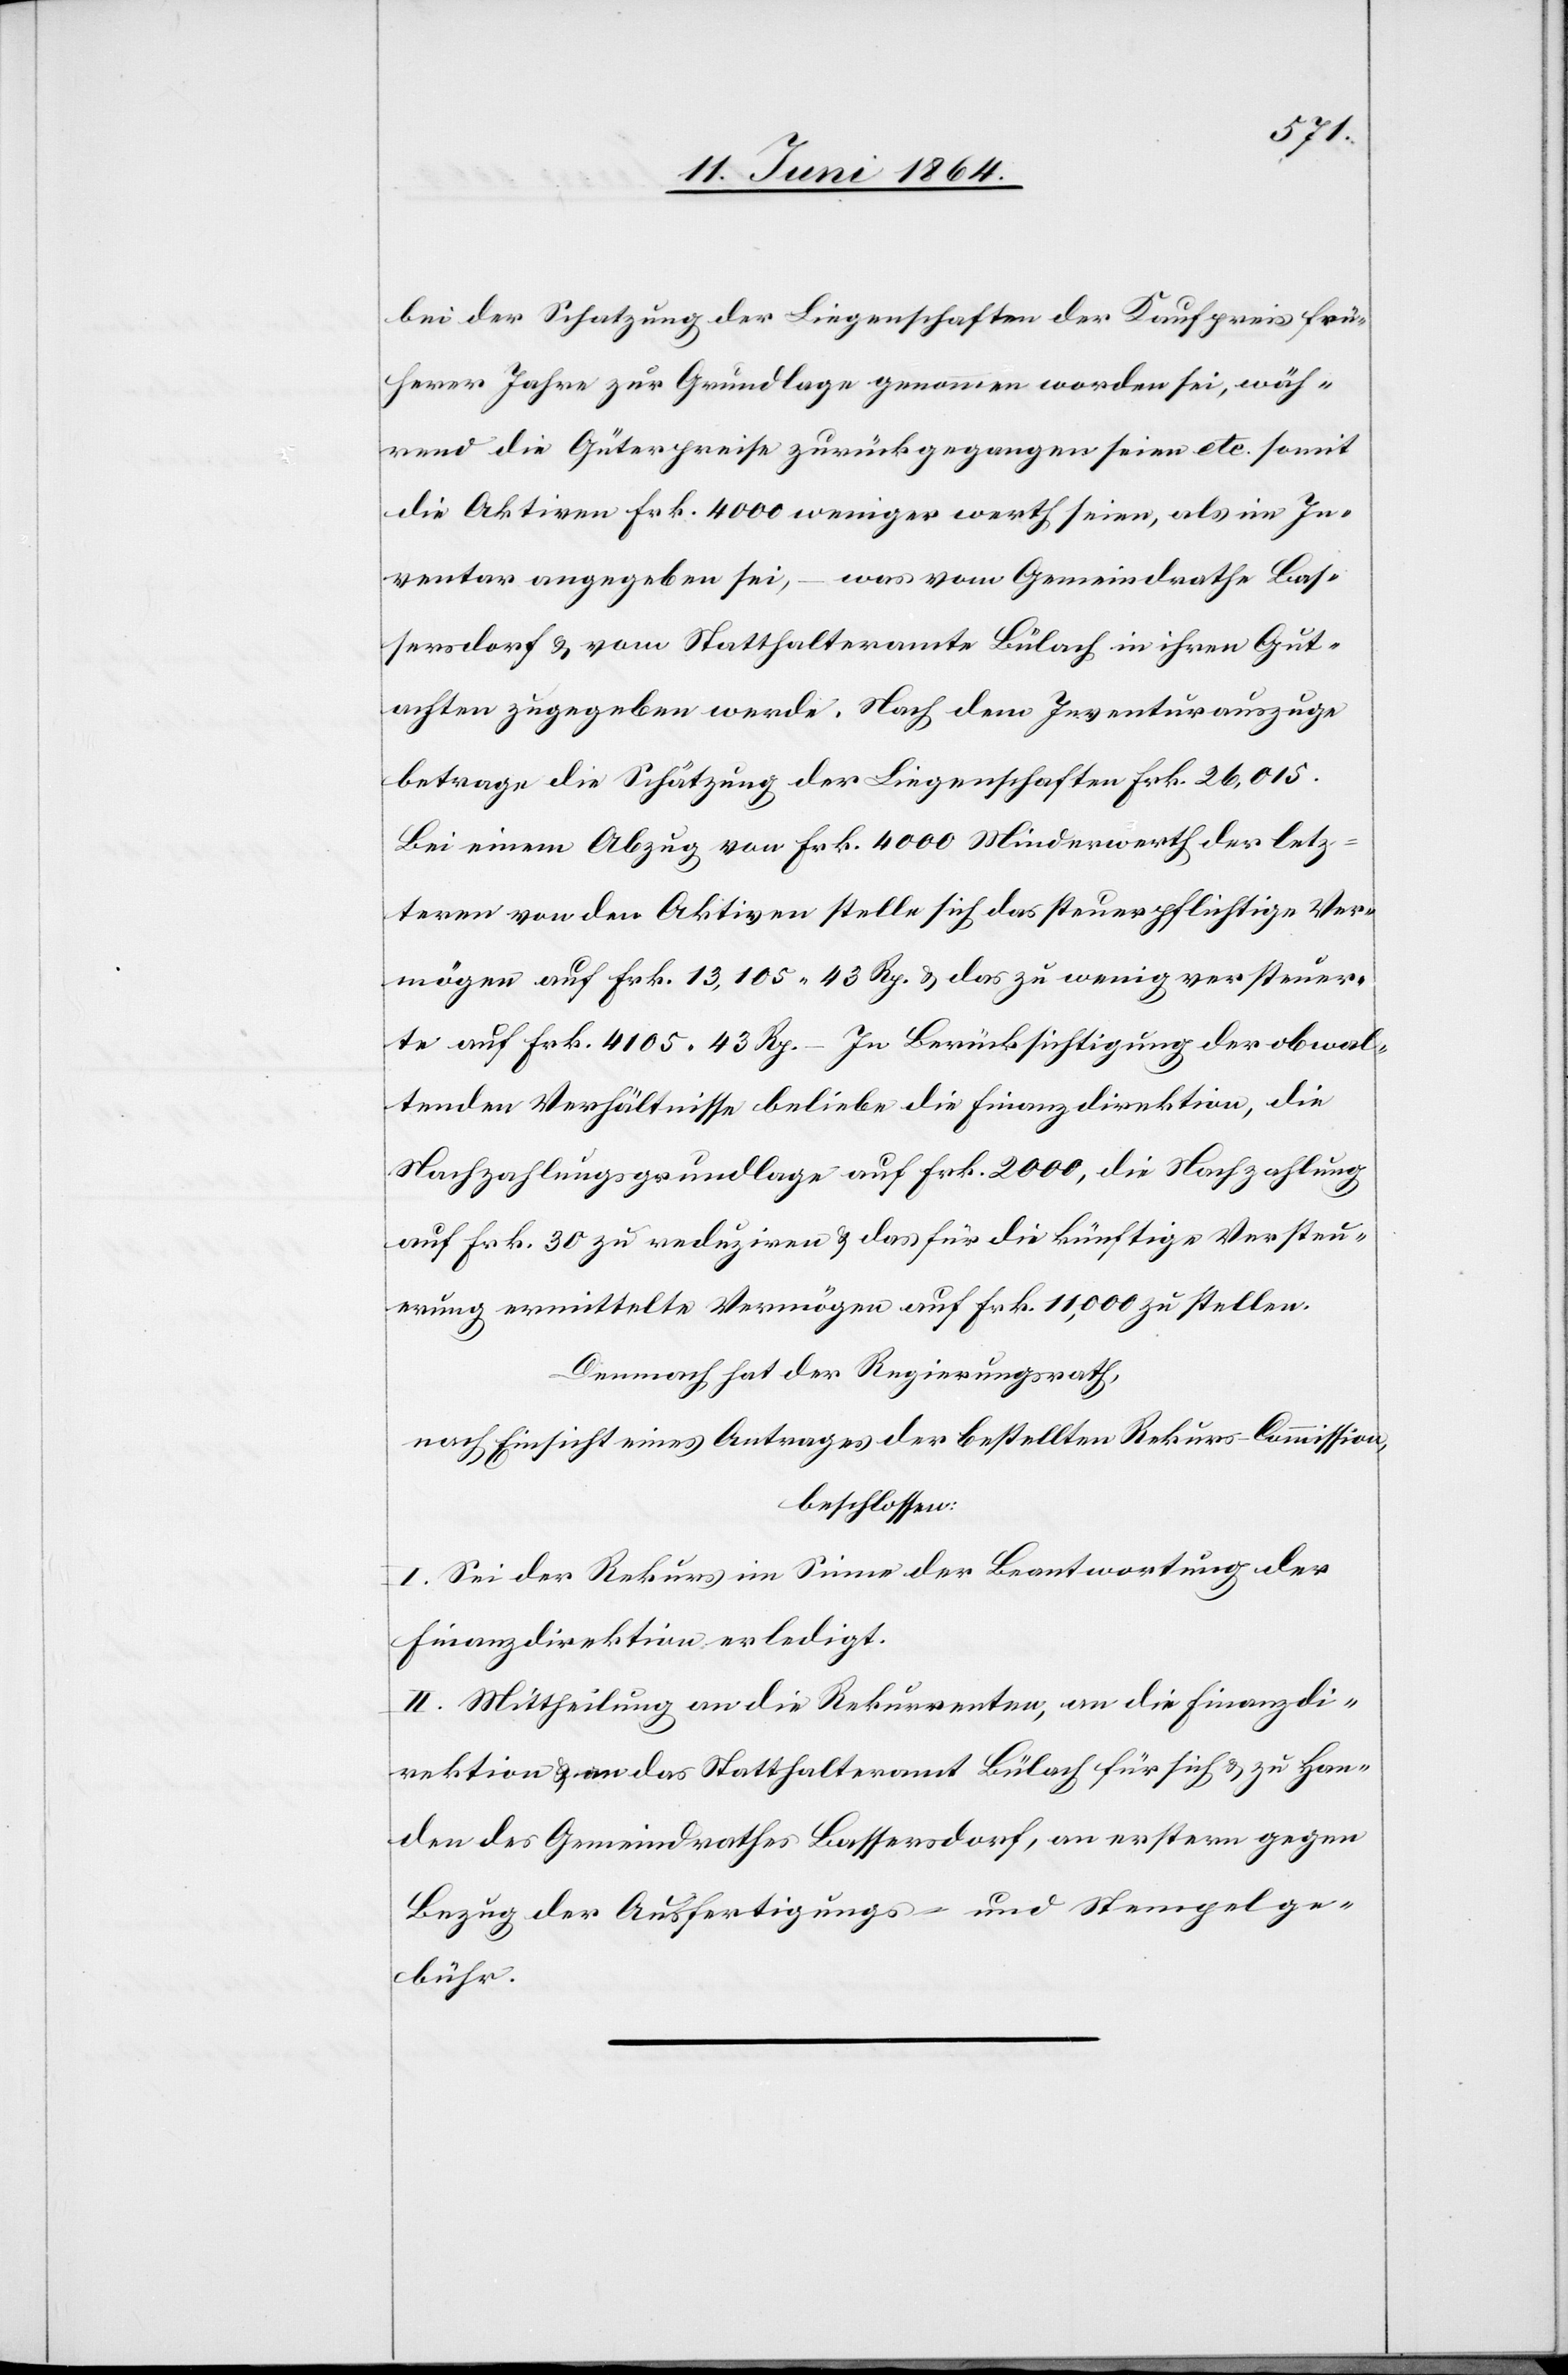
bei der Schatzung der Liegenschaften der Kaufpreis frü¬
herer Jahre zur Grundlage genommen worden sei, wäh¬
rend die Güterpreise zurückgegangen seien etc. somit
die Aktiven Frk. 4000 weniger werth seien, als im In¬
ventar angegeben sei, – was vom Gemeindrathe Bas¬
sersdorf u. vom Statthalteramte Bülach in ihren Gut¬
achten zugegeben werde. Nach dem Inventurauszuge
betrage die Schätzung der Liegenschaften Frk. 26,015.
Bei einem Abzug von Frk. 4000 Minderwerth der letz¬
teren von den Aktiven stelle sich das steuerpflichtige Ver¬
mögen auf Frk. 13,105 43 Rp. u. das zu wenig versteuer¬
te auf Frk. 4105 43 Rp. – In Berücksichtigung der obwal¬
tenden Verhältnisse beliebe die Finanzdirektion, die
Nachzahlungsgrundlage auf Frk. 2000, die Nachzahlung
auf Frk. 30 zu reduziren u. das für die künftige Versteu¬
erung ermittelte Vermögen auf Frk. 11,000 zu stellen.
Demnach hat der Regierungsrath,
nach Einsicht eines Antrages der bestellten Rekurs-Commission,
beschlossen:
I. Sei der Rekurs im Sinne der Beantwortung der
Finanzdirektion erledigt.
II. Mittheilung an die Rekurrenten, an die Finanzdi¬
rektion u. an das Statthalteramt Bülach für sich u. zu Han¬
den des Gemeindrathes Bassersdorf, an erstern gegen
Bezug der Ausfertigungs- und Stempelge¬
bühr.